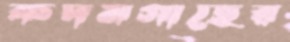
কদমগাছের